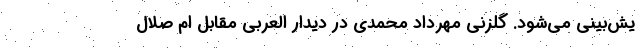
یش‌بینی می‌شود. گلزنی مهرداد محمدی در دیدار العربی مقابل ام صلال